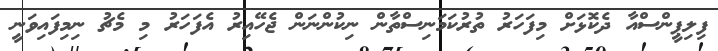
ފިލިޕީންސްއާ ދެކޮޅަށް މިފަހަރު ތުރުކަމަނިސްތާން ނިކުންނަން ޖެހޭއިރު އެފަހަރު މި މެޗު ނިމިފައިވަނީ